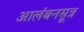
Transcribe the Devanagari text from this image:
आलंबनसूत्र